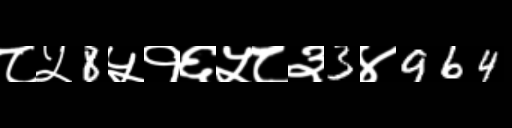
Text: ८५8५१६५८३3४964